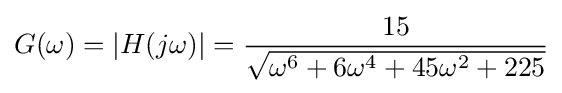
G(\omega )=|H(j\omega )|={\frac {15}{\sqrt {\omega ^{6}+6\omega ^{4}+45\omega ^{2}+225}}}